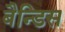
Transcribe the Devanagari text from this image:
बैन्डिस